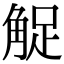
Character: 𧣫